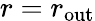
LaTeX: r=r_{\mathrm{out}}